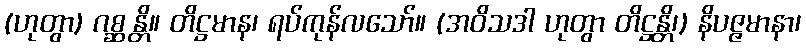
(ဟုတွာ) ဂစ္ဆန္တိ။ တိဋ္ဌမာန၊ ရပ်ကုန်လသော်။ (အဝိသဒါ ဟုတွာ တိဋ္ဌန္တိ၊) နိပဇ္ဇမာနာ၊